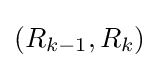
(R_{k-1},R_{k})